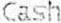
CASH